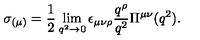
\sigma _ { ( \mu ) } = \frac { 1 } { 2 } \lim _ { q ^ { 2 } \to 0 } \epsilon _ { \mu \nu \rho } \frac { q ^ { \rho } } { q ^ { 2 } } \Pi ^ { \mu \nu } ( q ^ { 2 } ) .